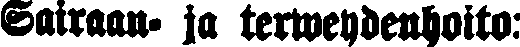
Sairaan- ja terweydenhoito: